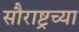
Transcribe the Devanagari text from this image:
सौराष्ट्रच्या